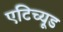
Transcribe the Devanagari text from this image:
एटिच्यूड